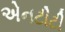
એનટીટી